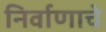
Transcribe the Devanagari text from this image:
निर्वाणाचे